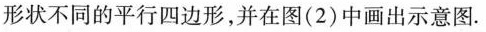
形状不同的平行四边形，并在图(2)中画出示意图.